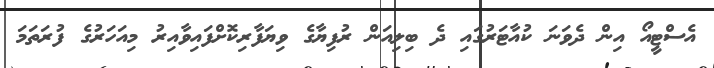
އެސްޓީއޯ އިން ދެވަނަ ކުއާޓަރުގައި ދެ ބިލިއަން ރުފިޔާގެ ވިޔަފާރިކޮށްފައިވާއިރު މިއަހަރުގެ ފުރަތަމަ